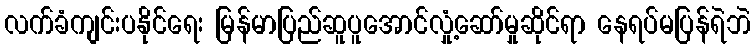
လက်ခံကျင်းပနိုင်ရေး မြန်မာပြည်ဆူပူအောင်လှုံ့ဆော်မှုဆိုင်ရာ နေရပ်မပြန်ရဲဘဲ